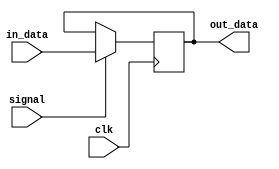
module RF(clk,in_data,out_data,signal);

input clk,signal;
input [31:0]in_data;
output reg [31:0]out_data;

always @(posedge clk) begin
if(signal == 1) begin
	out_data = in_data;
	end
end
endmodule